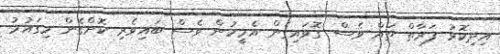
އިދިކޮޅު ފަރާތް ތައް ވެސް ގޮވައިގެން އެމީހުން ވެސް ބައިވެރި ކޮށްގެން މިގައުމު